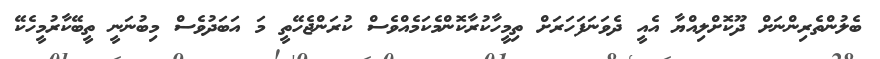
ބެލުންތެރިންނަށް ދޫކޮށްލިއްޔާ އެއީ ދެވަނަފަހަރަށް ތިމީހާކުރާކޮންމެކަމެއްވެސް ކުރަންޖެހޭތީ މަ އަބަދުވެސް މިބުނަނީ ތީބޭކާރުމީހެކޭ